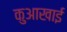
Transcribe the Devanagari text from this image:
कुआखाई